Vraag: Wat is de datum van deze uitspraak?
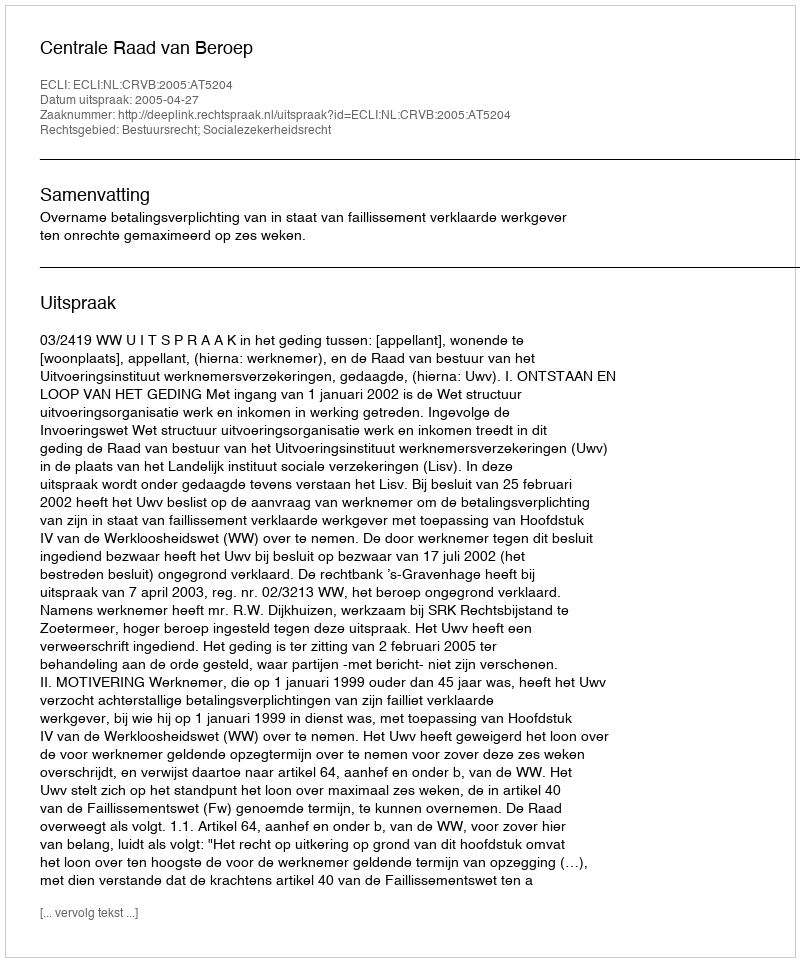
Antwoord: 2005-04-27